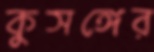
কুসঙ্গের